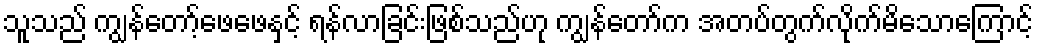
သူသည် ကျွန်တော့်ဖေဖေနှင့် ရန်လာခြင်းဖြစ်သည်ဟု ကျွန်တော်က အတပ်တွက်လိုက်မိသောကြောင့်